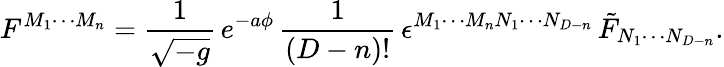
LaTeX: F^{M_{1}\cdots M_{n}}={\frac{1}{\sqrt{-g}}}\, e^{-a\phi}\, {\frac{1}{(D-n)!}}\, \epsilon^{M_{1}\cdots M_{n}N_{1}\cdots N_{D-n}}\, \tilde{F}_{N_{1}\cdots N_{D-n}}.